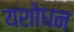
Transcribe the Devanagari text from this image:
यशोधन